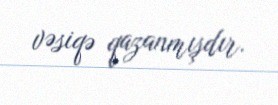
vəsiqə qazanmışdır.